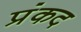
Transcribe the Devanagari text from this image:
प्रंकद